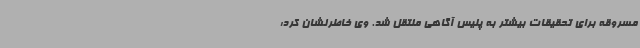
مسروقه برای تحقیقات بیشتر به پلیس آگاهی منتقل شد. وی خاطرنشان کرد: